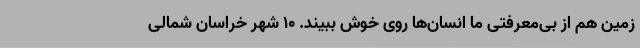
زمین هم از بی‌معرفتی ما انسان‌ها روی خوش ببیند. 10 شهر خراسان شمالی